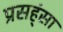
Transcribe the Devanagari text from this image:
प्रसह्ंसा